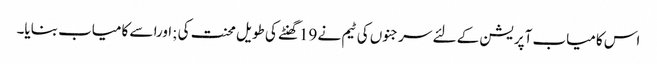
اس کامیاب آپریشن کے لئے سرجنوں کی ٹیم نے 19گھنٹے کی طویل محنت کی ;اورا سے کامیاب بنایا۔